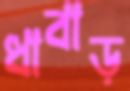
ধাবাড়